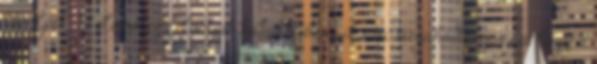
tároljuk, de előzőleg felöntjük kakukkfűteával, ami megakadályozza, hogy a